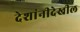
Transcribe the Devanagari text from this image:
देशांनीदेखील